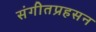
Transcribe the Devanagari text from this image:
संगीतप्रहसन